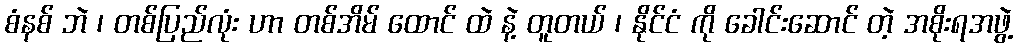
စံနစ် ဘဲ ၊ တစ်ပြည်လုံး ဟာ တစ်အိမ် ထောင် ထဲ နဲ့ တူတယ် ၊ နိုင်ငံ ကို ခေါင်းဆောင် တဲ့ အစိုးရအဖွဲ့